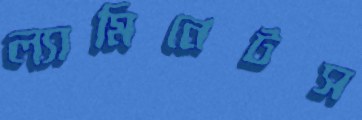
ল্যামিনেটস